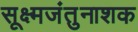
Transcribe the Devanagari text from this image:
सूक्ष्मजंतुनाशक